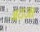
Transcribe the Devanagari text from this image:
अदजा